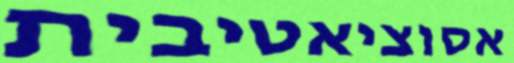
אסוציאטיבית